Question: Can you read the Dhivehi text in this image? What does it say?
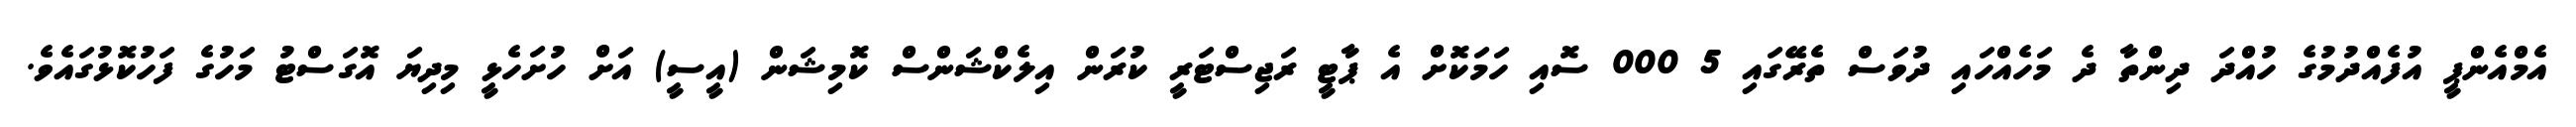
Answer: އެމްއެންޕީ އުފެއްދުމުގެ ހުއްދަ ދިންތާ ދެ މަހެއްހައި ދުވަސް ތެރޭގައި 5 000 ސޮއި ހަމަކޮށް އެ ޕާޓީ ރަޖިސްޓަރީ ކުރަން އިލެކްޝަންސް ކޮމިޝަން (އީސީ) އަށް ހުށަހެޅީ މިދިޔަ އޮގަސްޓު މަހުގެ ފަހުކޮޅުގައެވެ.